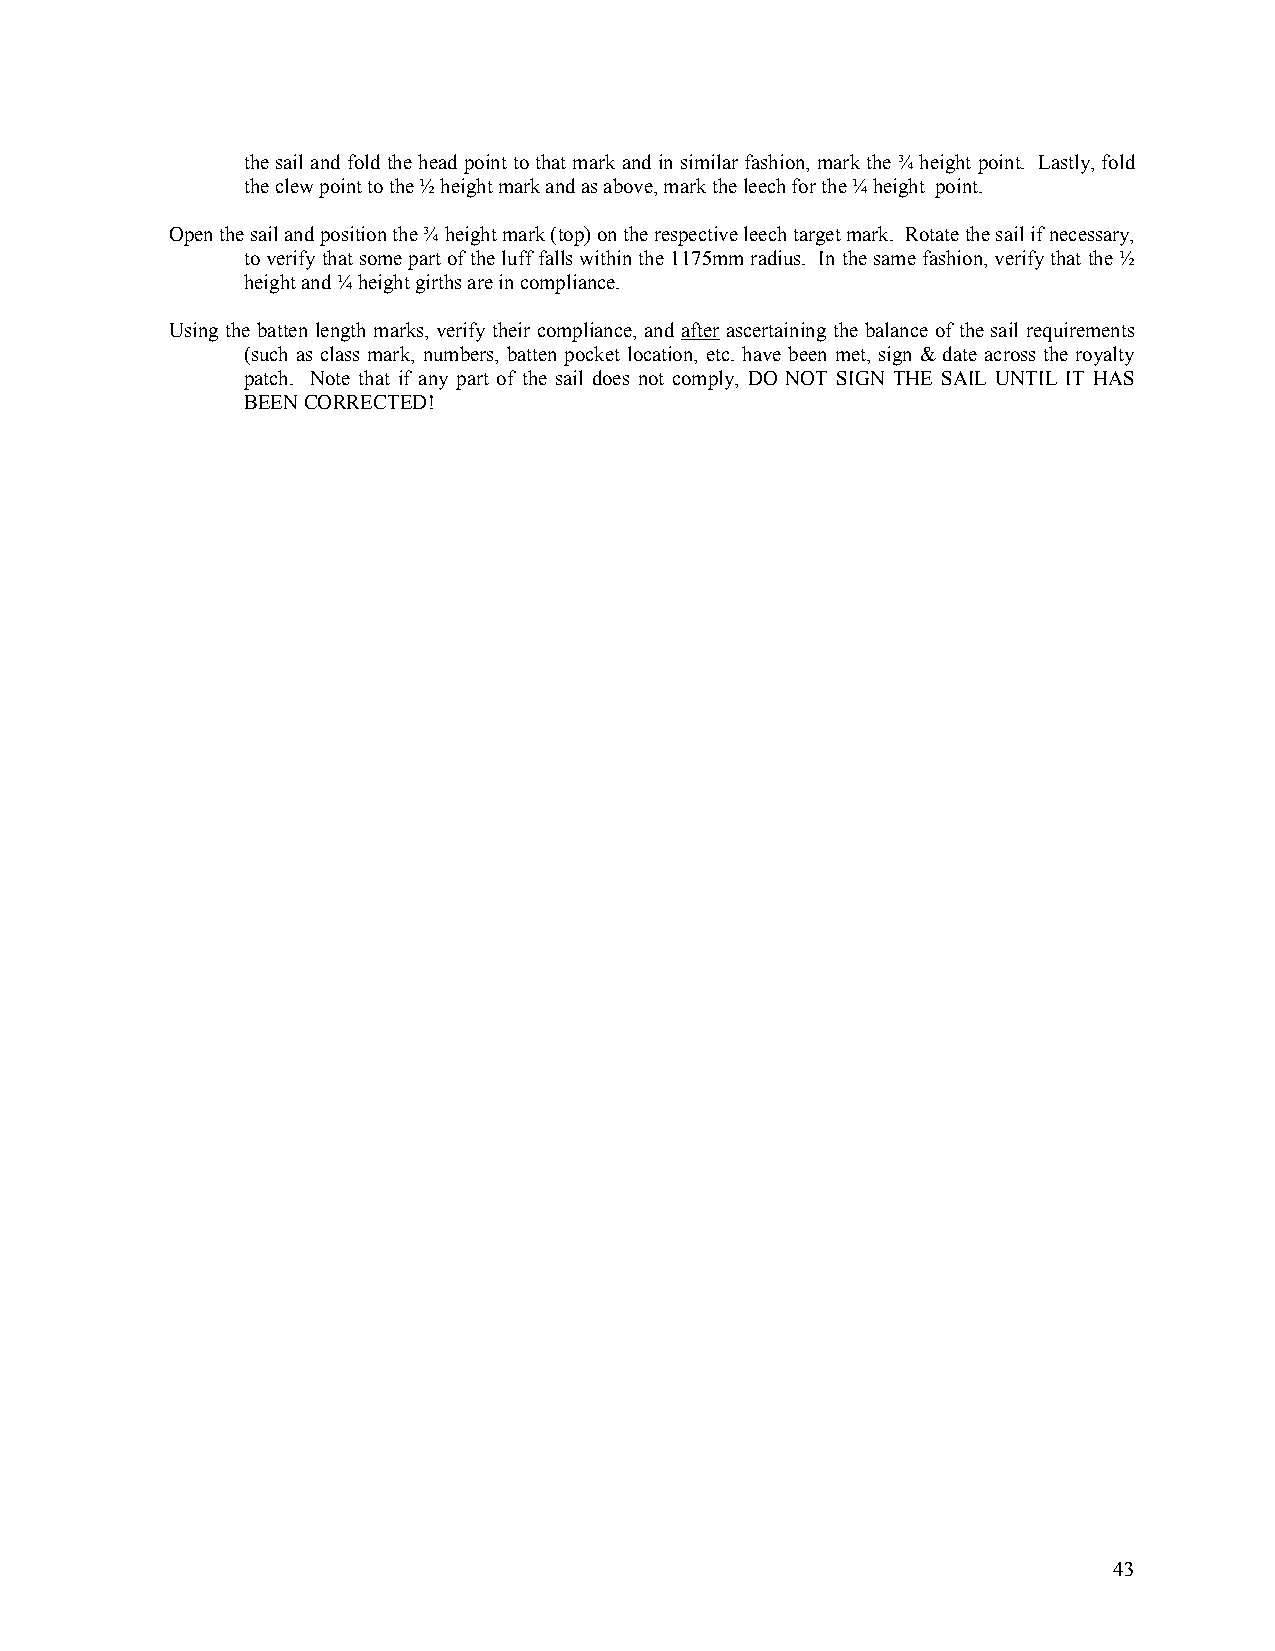
the sail and fold the head point to that mark and in similar fashion, mark the ¾ height point. Lastly, fold
 the clew point to the ½ height mark and as above, mark the leech for the ¼ height point.
 Open the sail and position the ¾ height mark (top) on the respective leech target mark. Rotate the sail if necessary,
 to verify that some part of the luff falls within the 1175mm radius. In the same fashion, verify that the ½
 height and ¼ height girths are in compliance.
 Using the batten length marks, verify their compliance, and after ascertaining the balance of the sail requirements
 (such as class mark, numbers, batten pocket location, etc. have been met, sign & date across the royalty
 patch. Note that if any part of the sail does not comply, DO NOT SIGN THE SAIL UNTIL IT HAS
 BEEN CORRECTED!
 43